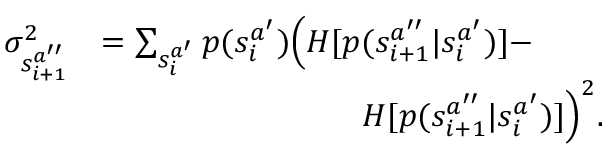
\begin{array} { r l } { \sigma _ { s _ { i + 1 } ^ { a ^ { \prime \prime } } } ^ { 2 } } & { = \sum _ { s _ { i } ^ { a ^ { \prime } } } p ( s _ { i } ^ { a ^ { \prime } } ) \Big ( H [ p ( s _ { i + 1 } ^ { a ^ { \prime \prime } } | s _ { i } ^ { a ^ { \prime } } ) ] - } \\ & { \qquad \qquad \qquad \qquad H [ p ( s _ { i + 1 } ^ { a ^ { \prime \prime } } | s _ { i } ^ { a ^ { \prime } } ) ] \Big ) ^ { 2 } . } \end{array}